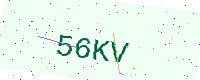
Text: 56KV